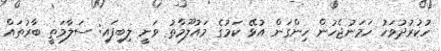
ހުކުރުދުވަހު ހަމަނުޖެހުން ހިންގަން އުޅޭ ކަމުގެ މައުލޫމާތު ވަނީ ލިބިފައި: ސަލާމަތީ ބާރުތައް